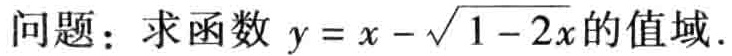
问题：求函数 \(y = x - \sqrt{1 - 2x}\) 的值域.